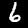
Label: 6